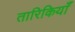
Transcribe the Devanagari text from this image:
तारिकियाँ